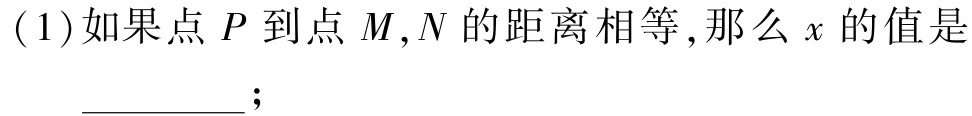
(1)如果点 \(P\) 到点 \(M,N\) 的距离相等,那么 \(x\) 的值是  __________;